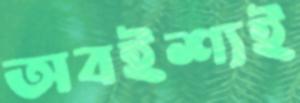
অবইশ্যই